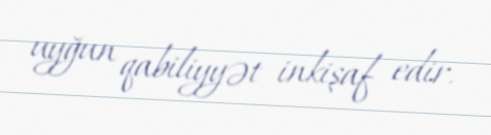
uyğun qabiliyyət inkişaf edir.